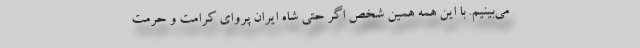
می‌بینیم. با این همه همین شخص اگر حتی شاه ایران پروای کرامت و حرمت